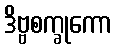
ဒိဗ္ဗစက္ခုကော